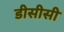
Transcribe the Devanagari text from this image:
डीसीसी